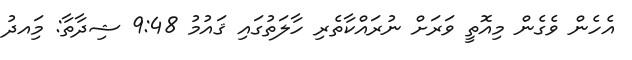
އެހެން ވެގެން މިއޮތީ ވަރަށް ނުރައްކާތެރި ހާލަތުގައި ޤައުމު 9:48 ޝިދާތާ: މިައދު